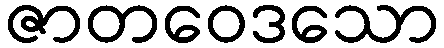
ဇာတဝေဒသော